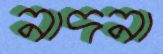
নাদনা